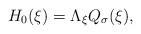
LaTeX: \begin{align*}H_{0}(\xi)= \Lambda_\xi Q_\sigma(\xi),\end{align*}